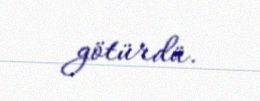
götürdü.